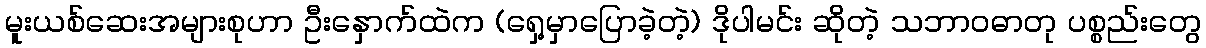
မူးယစ်ဆေးအများစုဟာ ဦးနှောက်ထဲက (ရှေ့မှာပြောခဲ့တဲ့) ဒိုပါမင်း ဆိုတဲ့ သဘာဝဓာတု ပစ္စည်းတွေ